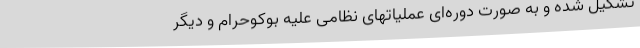
تشکیل شده و به صورت دوره‌ای عملیاتهای نظامی علیه بوکوحرام و دیگر